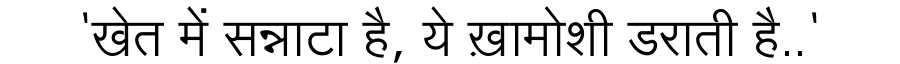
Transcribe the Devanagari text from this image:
'खेत में सन्नाटा है, ये ख़ामोशी डराती है..'